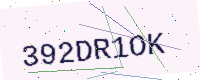
Text: 392DR1OK